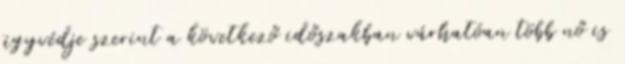
ügyvédje szerint a következő időszakban várhatóan több nő is